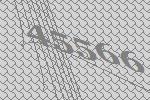
45566